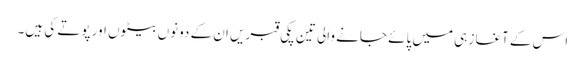
اس کے آغاز ہی میں پائے جانے والی تین پکی قبریں ان کے دونوں بیٹوں اور پوتے کی ہیں۔